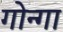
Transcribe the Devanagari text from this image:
गोन्गा